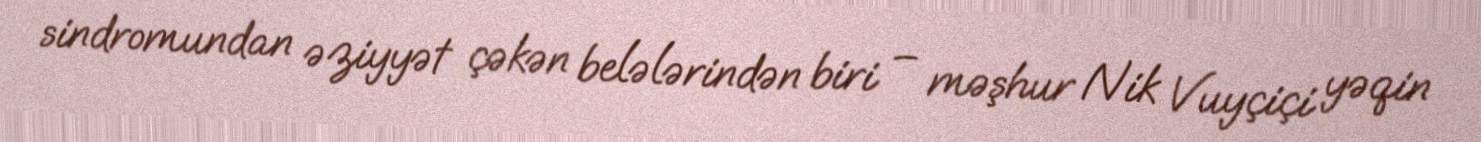
sindromundan əziyyət çəkən belələrindən biri – məşhur Nik Vuyçiçi yəqin